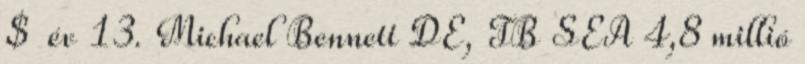
$ év 13. Michael Bennett DE, TB SEA 4,8 millió